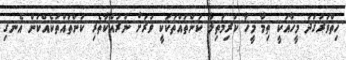
ހިތްވަރުގަދަ މީހާއަކީ ތިމާ މީހާ ކުރިމަތިލާ ކަންތައްތަކަކީ ވަރަށް ނުރައްކާތެރި ކަންތައްތަކެއްކަން އެނގި